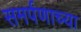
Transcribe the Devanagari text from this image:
समर्पणाच्या